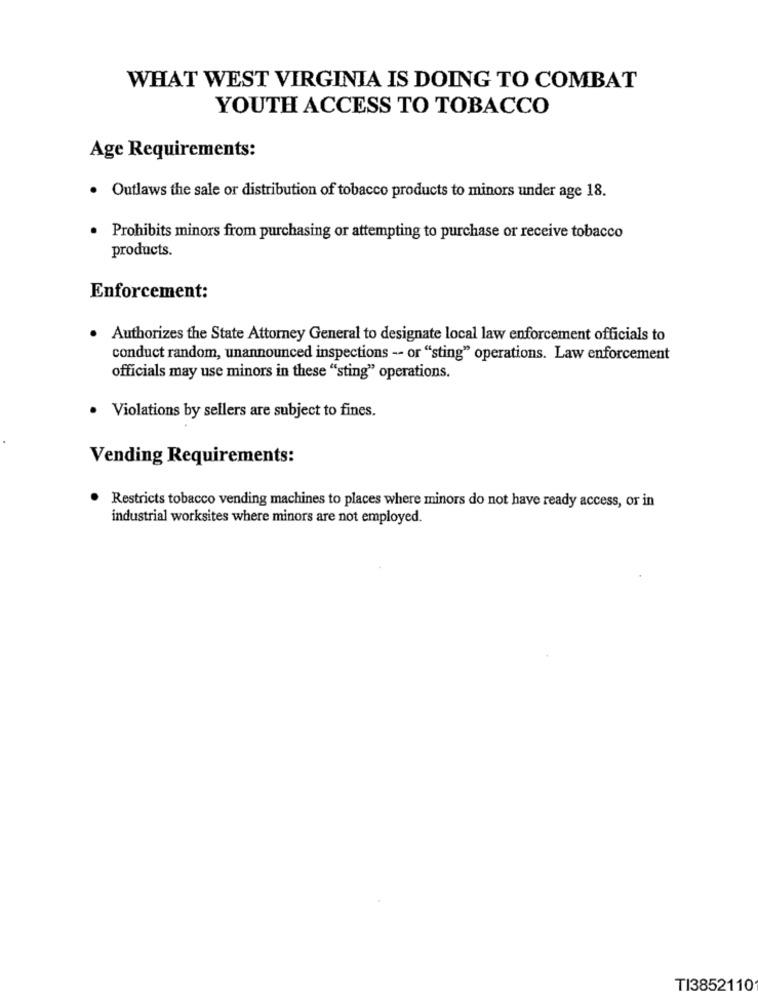
WHAT WEST VIRGINIA IS DOING TO COMBAT
YOUTH ACCESS TO TOBACCO
Age Requirements:
· Outlaws the sale or distribution of tobacco products to minors under age 18.
· Prohibits minors from purchasing or attempting to purchase or receive tobacco
products.
Enforcement:
. Authorizes the State Attorney General to designate local law enforcement officials to
conduct random, unannounced inspections -- or "sting" operations. Law enforcement
officials may use minors in these "sting" operations.
· Violations by sellers are subject to fines.
Vending Requirements:
. Restricts tobacco vending machines to places where minors do not have ready access, or in
industrial worksites where minors are not employed.
TI3852110